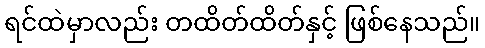
ရင်ထဲမှာလည်း တထိတ်ထိတ်နှင့် ဖြစ်နေသည်။